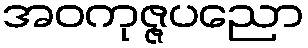
အဝကုဇ္ဇပညော